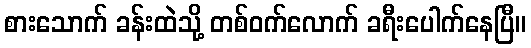
စားသောက် ခန်းထဲသို့ တစ်ဝက်လောက် ခရီးပေါက်နေပြီ။